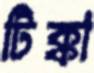
টিক্কা